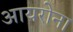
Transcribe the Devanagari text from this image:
आयरोना